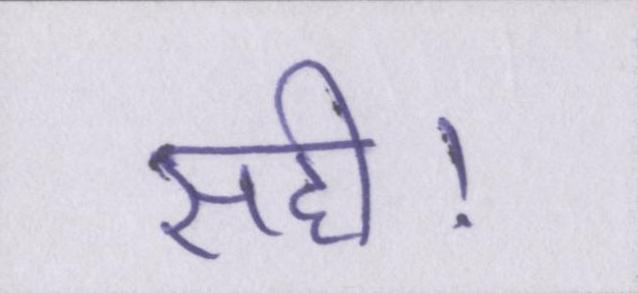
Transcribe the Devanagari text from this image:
सही।